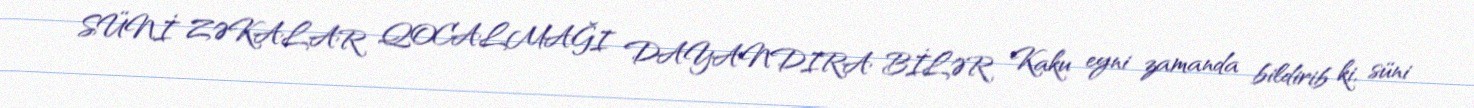
SÜNİ ZƏKALAR QOCALMAĞI DAYANDIRA BİLƏR Kaku eyni zamanda bildirib ki, süni